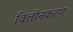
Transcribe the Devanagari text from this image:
विलीनकरण